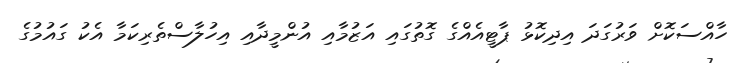
ހާއްސަކޮށް ވަރުގަދަ އިދިކޮޅު ޕާޓީއެއްގެ ގޮތުގައި އަޒުމާއި އުންމީދާއި އިހުލާސްތެރިކަމާ އެކު ގައުމުގެ